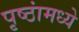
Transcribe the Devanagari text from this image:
पृष्ठांमध्ये